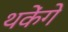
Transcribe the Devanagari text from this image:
थकेंगे